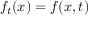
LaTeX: f _ { t } ( x ) = f ( x , t )